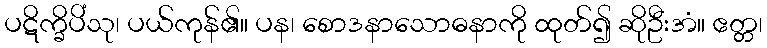
ပဋိက္ခိပိံသု၊ ပယ်ကုန်၏။ ပန၊ စောဒနာသောဓနာကို ထုတ်၍ ဆိုဦးအံ။ ဧတ္တ၊